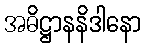
အဓိဋ္ဌာနနိဒါနော